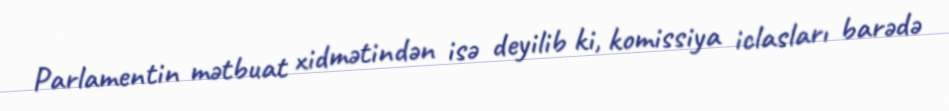
Parlamentin mətbuat xidmətindən isə deyilib ki, komissiya iclasları barədə